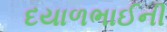
દયાળભાઈની